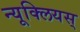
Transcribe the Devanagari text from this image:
न्यूक्लियस्